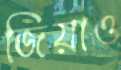
জিয়াও